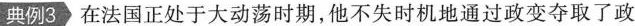
典例3 在法国正处于大动荡时期，他不失时机地通过政变夺取了政